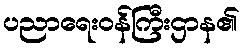
ပညာရေးဝန်ကြီးဌာန၏